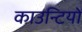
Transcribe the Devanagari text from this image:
काउन्टियों